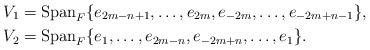
LaTeX: \begin{align*}V_1 & = \mathrm{Span}_F\{e_{2m-n+1}, \ldots, e_{2m}, e_{-2m}, \ldots, e_{-2m+n-1}\},\\V_2 & = \mathrm{Span}_F\{e_1, \ldots, e_{2m-n}, e_{-2m+n}, \ldots, e_1\}.\end{align*}